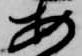
安